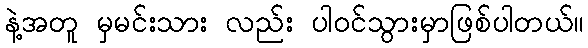
နဲ့အတူ မှမင်းသား လည်း ပါ၀င်သွားမှာဖြစ်ပါတယ်။